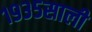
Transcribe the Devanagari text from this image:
१९३५साली